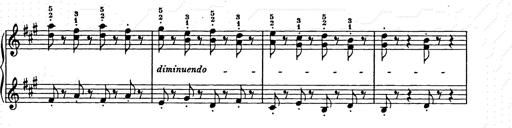
Title: Weihnachtsbaum
Composer: Franz Liszt